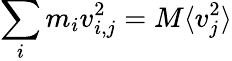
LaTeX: \sum_{i}m_{i}v_{i,j}^{2}=M\langle v_{j}^{2}\rangle